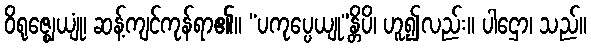
ဝိရုဇ္ဈေယျုံ၊ ဆန့်ကျင်ကုန်ရာ၏။ “ပကုပ္ပေယျု”န္တိပိ၊ ဟူ၍လည်း။ ပါဌော၊ သည်။